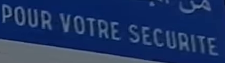
من .. (